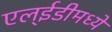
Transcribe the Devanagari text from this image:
एल्ईडीमध्ये